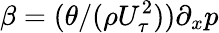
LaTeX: \beta=(\theta/(\rho U_{\tau}^{2}))\partial_{x}p